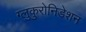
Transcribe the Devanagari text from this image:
ग्लुकुरोनिडेशन